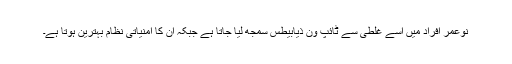
نوعمر افراد میں اسے غلطی سے ٹائپ ون ذیابیطس سمجھ لیا جاتا ہے جبکہ ان کا امنیاتی نظام بہترین ہوتا ہے۔